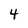
Character: 4